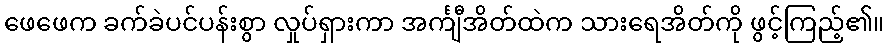
ဖေဖေက ခက်ခဲပင်ပန်းစွာ လှုပ်ရှားကာ အင်္ကျီအိတ်ထဲက သားရေအိတ်ကို ဖွင့်ကြည့်၏။